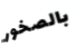
بالصخور